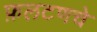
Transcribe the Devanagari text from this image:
फ़लटणचे